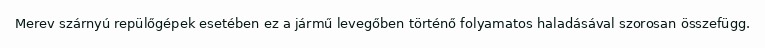
Merev szárnyú repülőgépek esetében ez a jármű levegőben történő folyamatos haladásával szorosan összefügg.